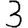
Digit: 3